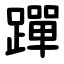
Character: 䠤